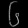
Digit: ၆